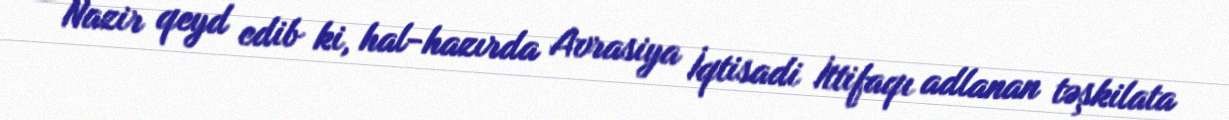
Nazir qeyd edib ki, hal-hazırda Avrasiya İqtisadi İttifaqı adlanan təşkilata